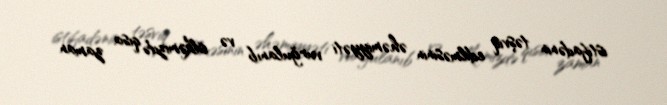
istifadənin təşviq edilməsinin əhəmiyyəti vurğulanıb və ölkəmizdə qısa zaman